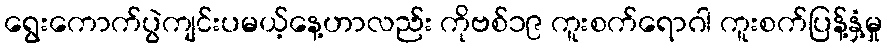
ရွေးကောက်ပွဲကျင်းပမယ့်နေ့ဟာလည်း ကိုဗစ်၁၉ ကူးစက်ရောဂါ ကူးစက်ပြန့်နှံ့မှု